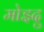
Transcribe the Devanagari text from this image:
मोइदु